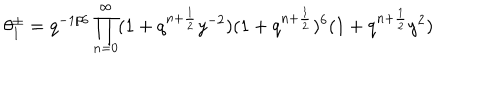
LaTeX: \theta _ { 1 } ^ { \pm } = q ^ { - 1 / 6 } \prod _ { n = 0 } ^ { \infty } ( 1 + q ^ { n + \frac { 1 } { 2 } } y ^ { - 2 } ) ( 1 + q ^ { n + \frac { 1 } { 2 } } ) ^ { 6 } ( 1 + q ^ { n + \frac { 1 } { 2 } } y ^ { 2 } )